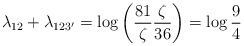
LaTeX: \begin{align*}\lambda_{12}+\lambda_{123'}&=\log \left(\frac{81}{\zeta}\frac{\zeta}{36}\right) =\log \frac{9}{4}\end{align*}